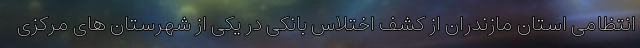
انتظامی استان مازندران از کشف اختلاس بانکی در یکی از شهرستان های مرکزی